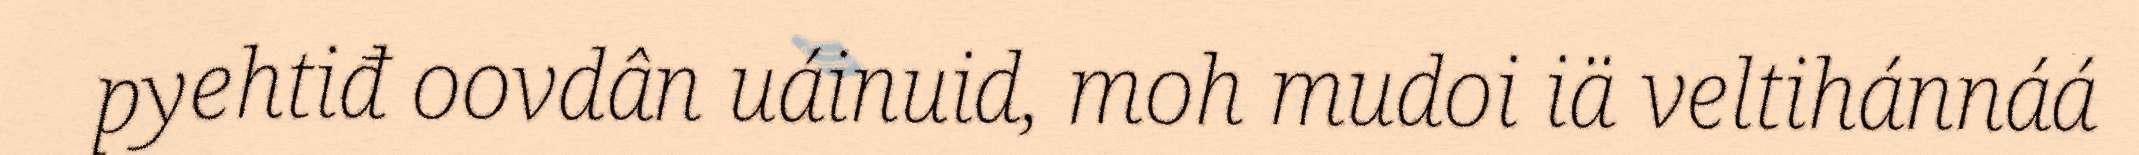
pyehtiđ oovdân uáinuid, moh mudoi iä veltihánnáá